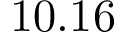
1 0 . 1 6